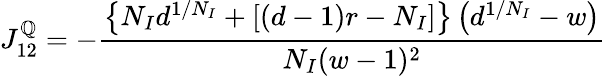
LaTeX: J_{12}^{\mathbb{Q}}=-\frac{{\left\{ N_{I}d^{1/N_{I}}+[(d-1)r-N_{I}]\right\} \left(d^{1/N_{I}}-w\right)}}{{N_{I}(w-1)^{2}}}